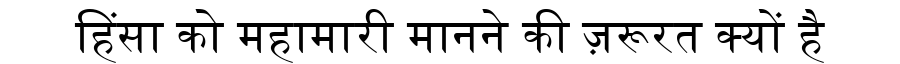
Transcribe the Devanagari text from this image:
हिंसा को महामारी मानने की ज़रूरत क्यों है